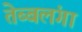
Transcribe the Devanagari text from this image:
तेब्बलंगा